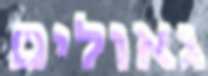
גאולים